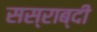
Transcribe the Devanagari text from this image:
सस्राब्दी